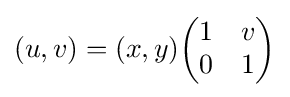
(u,v)=(x,y){\begin{pmatrix}1&v\\0&1\end{pmatrix}}